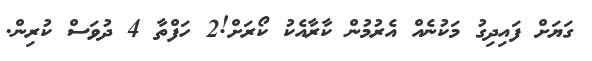
ގަޔަށް ފައިދިގު މަކުނެއް އެރުމުން ކާރާއެކު ކޯރަށް!2 ހަފްތާ 4 ދުވަސް ކުރިން.